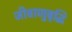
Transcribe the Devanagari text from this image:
जीवाणुवृद्धि